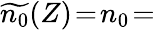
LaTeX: \widetilde{n_{0}}(Z)\! =\! n_{0}\! =